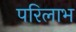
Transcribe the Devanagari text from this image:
परिलाभ